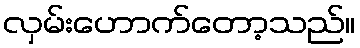
လှမ်းဟောက်တော့သည်။